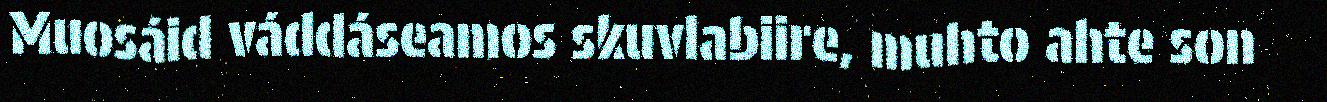
Muosáid váddáseamos skuvlabiire, muhto ahte son